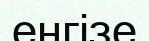
енгізе